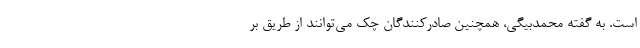
است. به گفته محمدبیگی، همچنین صادرکنندگان چک می‌توانند از طریق بر